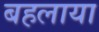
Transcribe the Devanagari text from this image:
बहलाया